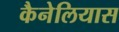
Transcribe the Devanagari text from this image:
कैनेलियास